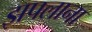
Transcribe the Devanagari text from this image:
झपलाना